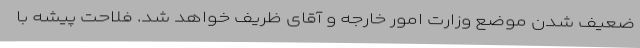
ضعیف شدن موضع وزارت امور خارجه و آقای ظریف خواهد شد. فلاحت پیشه با